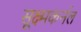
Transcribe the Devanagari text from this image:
सूक्ष्मकर्नल